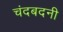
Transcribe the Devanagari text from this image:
चंदबदनी